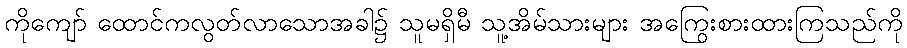
ကိုကျော် ထောင်ကလွတ်လာသောအခါ၌ သူမရှိမီ သူ့အိမ်သားများ အကြွေးစားထားကြသည်ကို